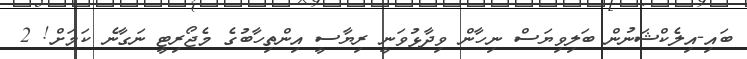
ބައި-އިލެކްޝަނުން ބަލިވިޔަސް ނިހާން ވިދާޅުވަނީ ރިޔާސީ އިންތިހާބުގެ މެޖޯރިޓީ ނަގާނެ ކަމަށް! 2